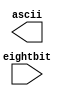
`timescale 1ns / 1ps
//////////////////////////////////////////////////////////////////////////////////
// Company: 
// Engineer: 
// 
// Design Name: 
// Module Name:    eightbit2ascii 
// Project Name: 
// Target Devices: 
// Tool versions: 
// Description: 
//
// Dependencies: 
//
// Revision: 
// Revision 0.01 - File Created
// Additional Comments: 
//
//////////////////////////////////////////////////////////////////////////////////
module eightbit2ascii(
    input [7:0] eightbit,
    output [1:0] ascii
    );


endmodule